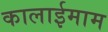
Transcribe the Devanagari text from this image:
कालाईमाम